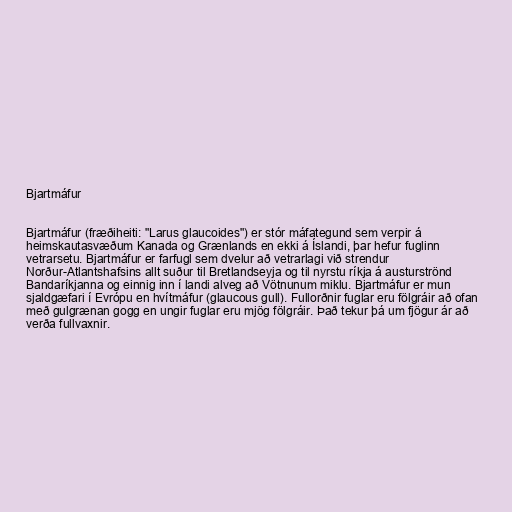
Bjartmáfur

Bjartmáfur (fræðiheiti: "Larus glaucoides") er stór máfategund sem verpir á
heimskautasvæðum Kanada og Grænlands en ekki á Íslandi, þar hefur fuglinn
vetrarsetu. Bjartmáfur er farfugl sem dvelur að vetrarlagi við strendur
Norður-Atlantshafsins allt suður til Bretlandseyja og til nyrstu ríkja á austurströnd
Bandaríkjanna og einnig inn í landi alveg að Vötnunum miklu. Bjartmáfur er mun
sjaldgæfari í Evrópu en hvítmáfur (glaucous gull). Fullorðnir fuglar eru fölgráir að ofan
með gulgrænan gogg en ungir fuglar eru mjög fölgráir. Það tekur þá um fjögur ár að
verða fullvaxnir.